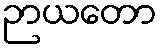
ဉာယတော